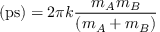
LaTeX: \mathrm { ( p s ) } = 2 \pi k { \frac { m _ { A } m _ { B } } { ( m _ { A } + m _ { B } ) } }